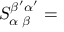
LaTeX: S _ { \alpha \; \beta } ^ { \beta ^ { \prime } \alpha ^ { \prime } } =